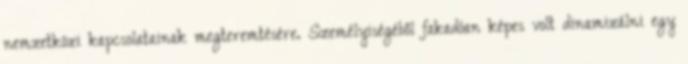
nemzetközi kapcsolatainak megteremtésére. Személyiségébôl fakadóan képes volt dinamizálni egy